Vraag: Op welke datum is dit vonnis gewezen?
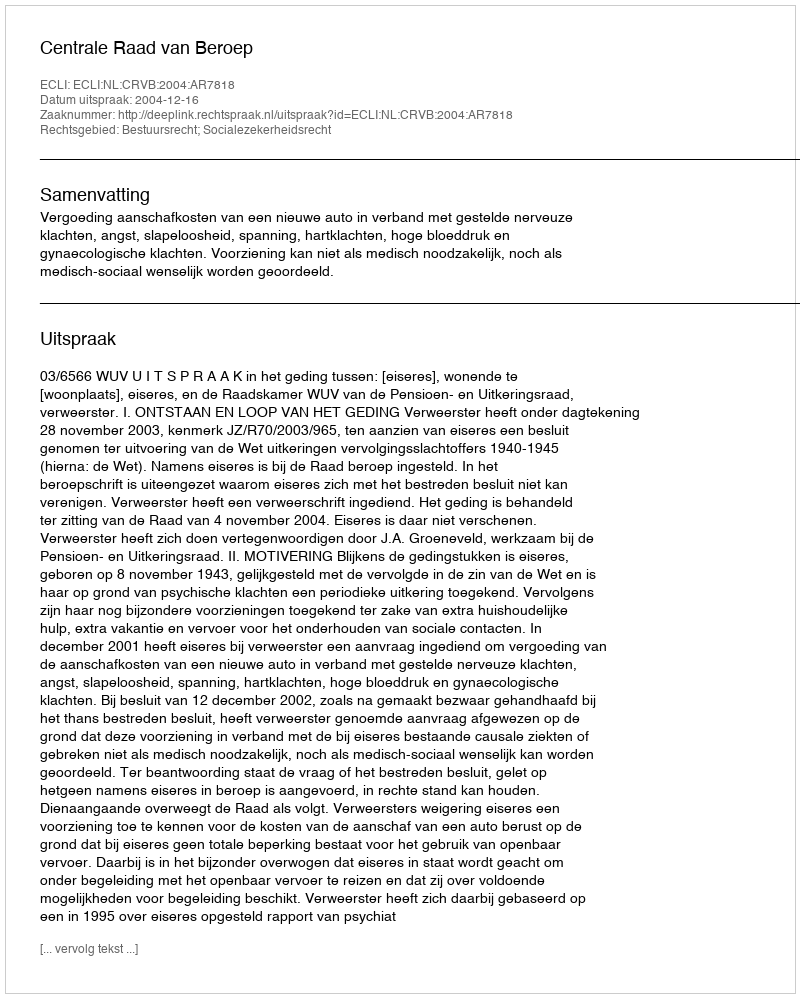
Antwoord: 2004-12-16